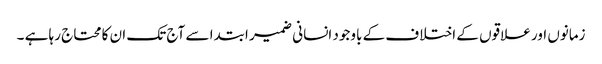
زمانوں اور علاقوں کے اختلاف کے باوجود انسانی ضمیر ابتدا سے آج تک ان کا محتاج رہا ہے ۔